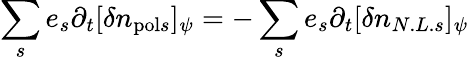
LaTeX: \sum_{s}e_{s}\partial_{t}[\delta n_{\mathrm{pol}s}]_{\psi}=-\sum_{s}e_{s}\partial_{t}[\delta n_{N.L.s}]_{\psi}